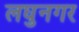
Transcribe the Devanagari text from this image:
लघुनगर